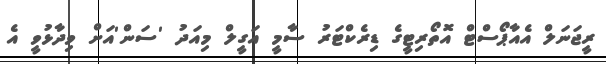
ރީޖަނަލް އެއާޕޯސްޓް އޮތޯރިޓީގެ ޑިރެކްޓަރު ސާމީ އަގީލް މިއަދު 'ސަން'އަށް ވިދާޅުވީ އެ